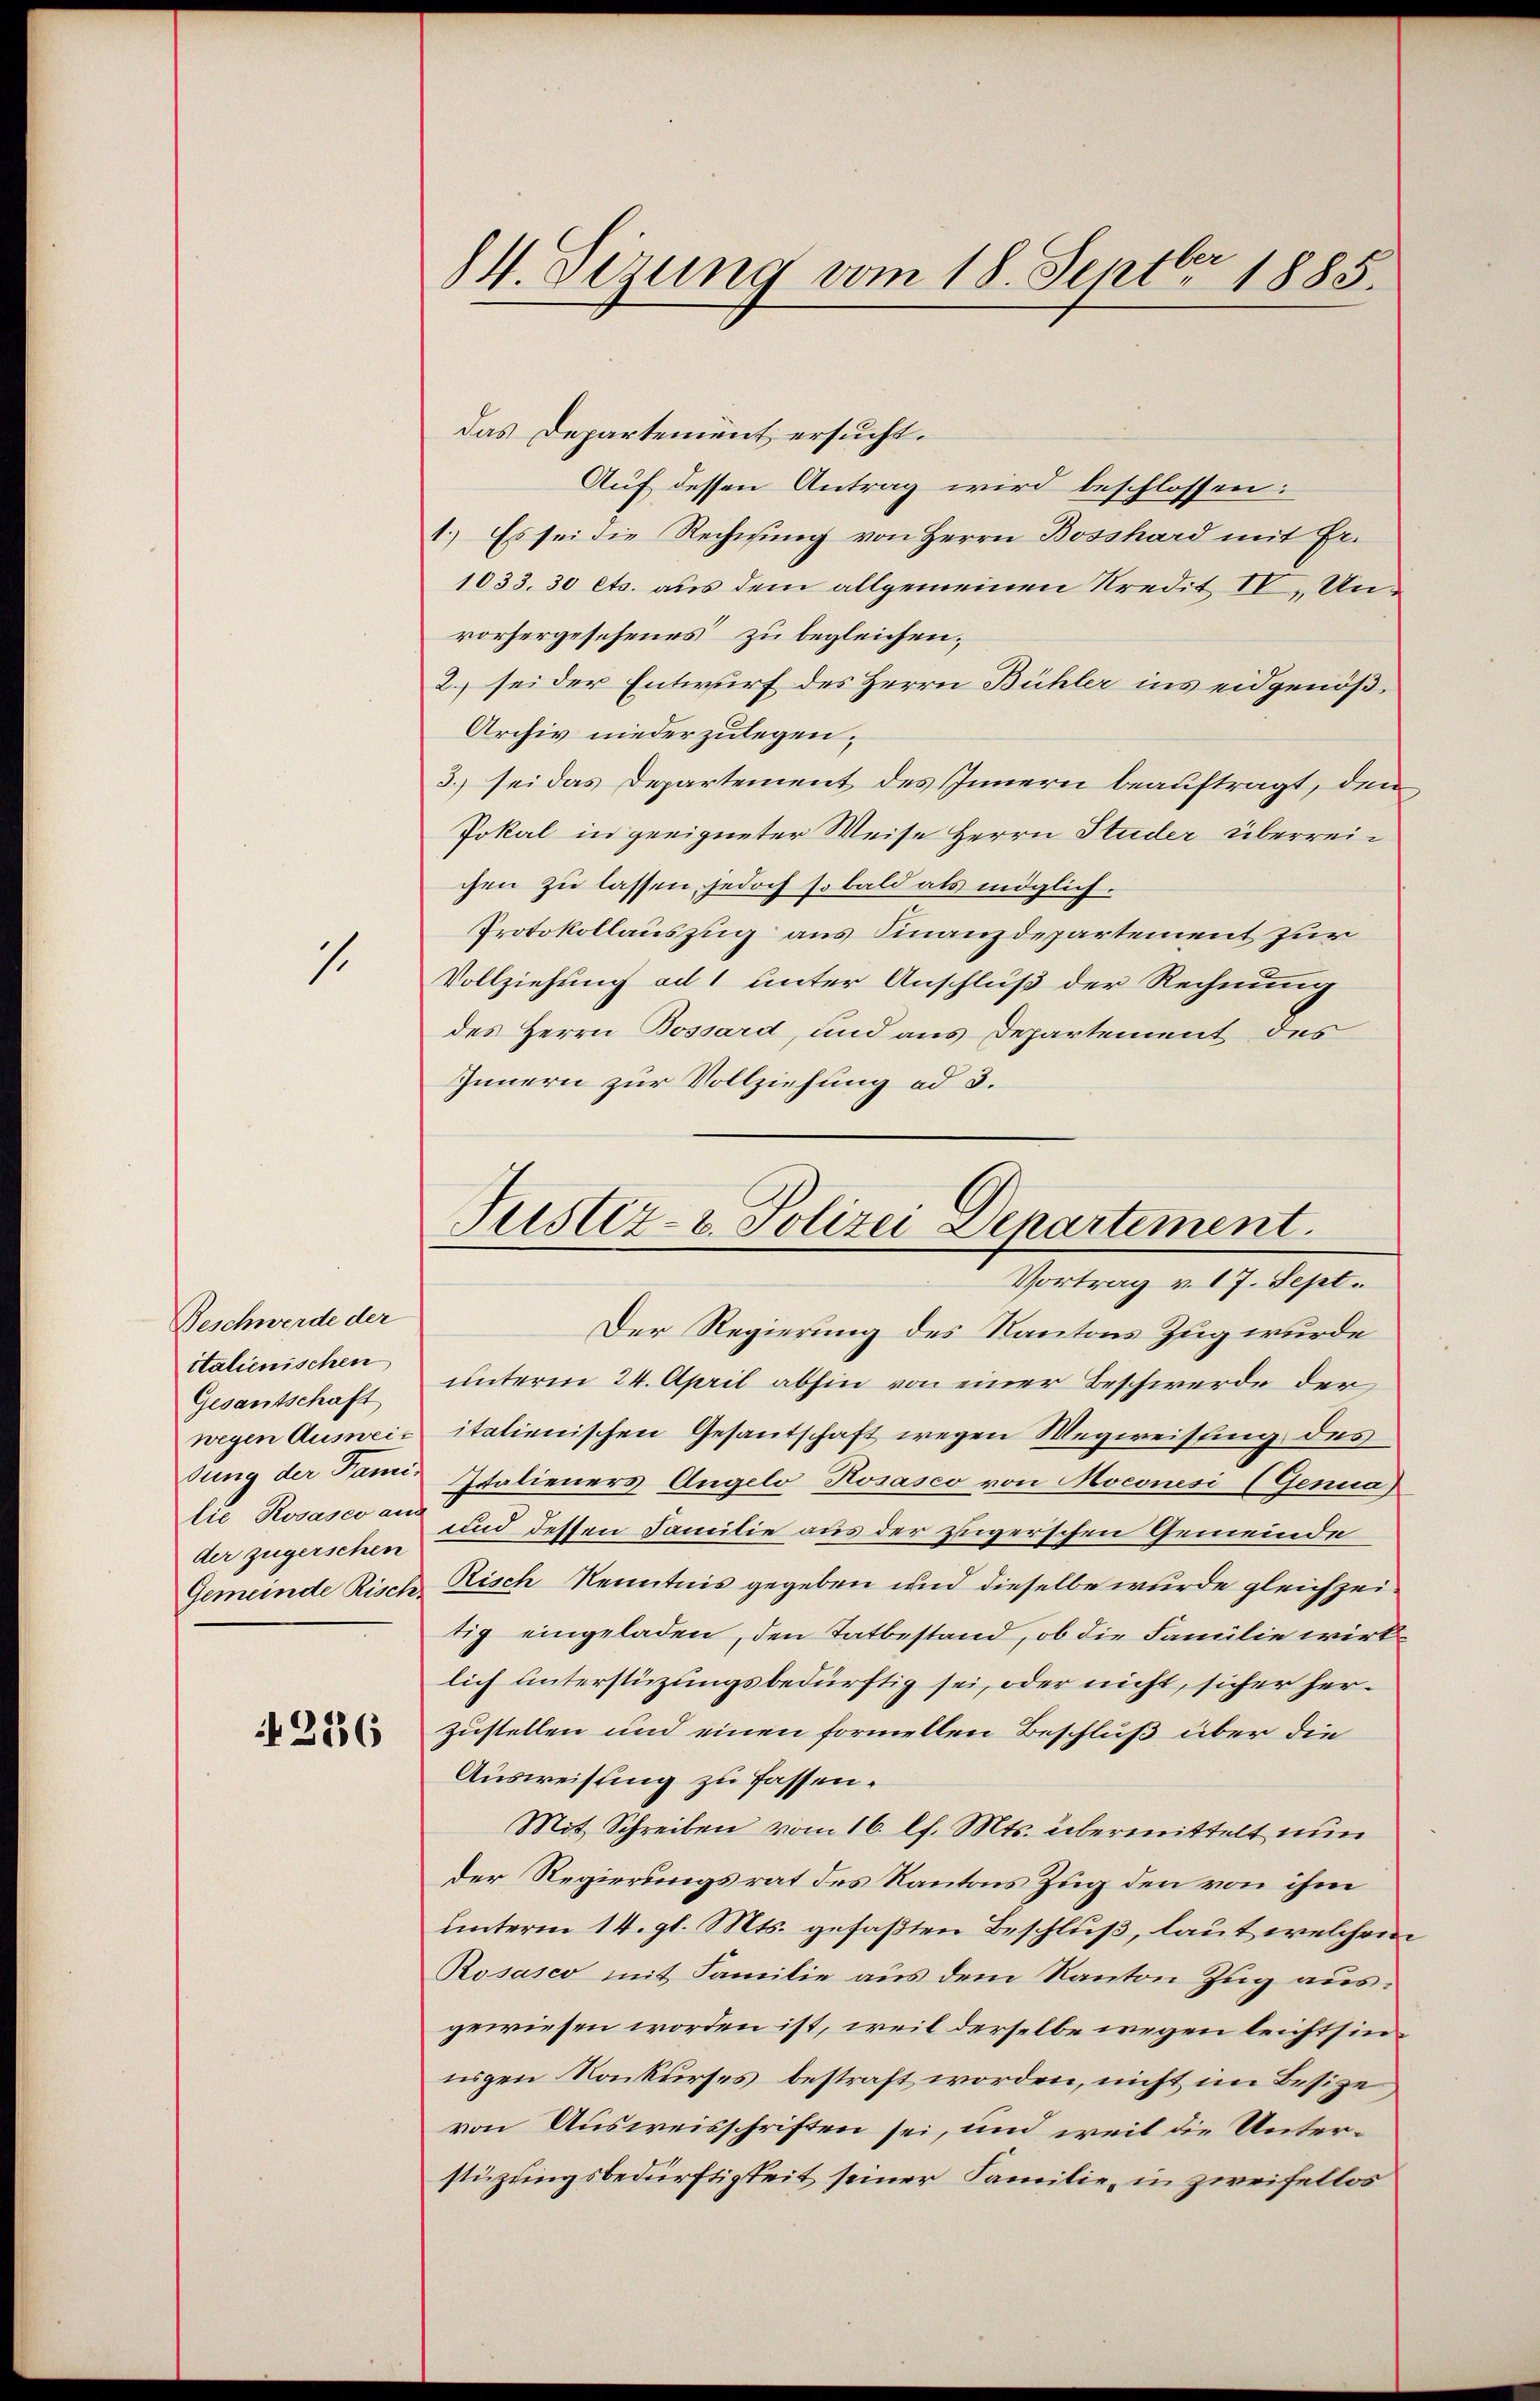
1.

Beschwerde der
italienischen
Gesantschaft
lie Posaseo aus

4256

das Departement ersucht.
Auf dessen Antrag wird beschlossen:
1.) Es sei die Rechnung von Herrn Bosshard mit Er.
1033. 30 ets. aus dem allgemeinen Kredit IV, Unvorhergesehenes zu begleichen;
2. sei der Entwurf des Herrn Bühler ins eidgenöß¬
Archiv niederzulegen;
3.) sei das Departement des Innern beauftragt, den
Pokal in geeigneter Weise Herrn Studer überreichen zu lassen, jedoch so bald als möglich.
Protokollauszug aus Finanzdepartement zur
Vollziehung ad 1 unter Anschluß der Rechnung
des Herrn Bossard, und aus Departement des
Innern zur Vollziehung ad 3.

84. Sizung vom 18. Septbr 1885.

Justiz- & Polizei Departement.
Vortrag v. 17. Sept.

Der Regierung des Kantons Zug wurde
unterm 24. April abhin von einer Beschwerde der
wegen Ausweis italienischen Gesantschaft wegen Wegweisung des
sung der Fami Italieners Angelo Rosasco von Moconesi (Genua
der zugerschen und dessen Familie aus der zugerschen Gemeinde
Gemeinde Risch Risch Kenntnis gegeben und dieselbe wurde gleichzeitig eingeladen, den Tatbestand, ob die Familie wirklich unterstüzungsbedürftig sei, oder nicht, sicher herzustellen und einen formellen Beschluß über die
Ausweisung zu fassen.
Mit Schreiben vom 16. l. Mts. übermittelt nun
der Regierungsrat des Kantons Zug den von ihm
unterm 14. gl. Mts. gefaßten Beschluß, laut welchem
Rosasco mit Familie aus dem Kanton Zug ausgewiesen worden ist, weil derselbe wegen leichtsinnigen Konkurses bestraft worden, nicht im Besize
von Ausweisschriften sei, und weil die Unterstüzungsbedürftigkeit seiner Familie, in zweifellos